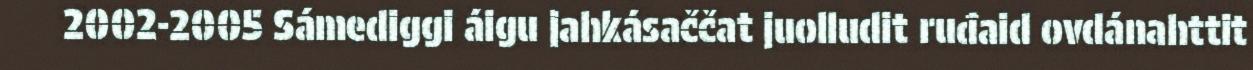
2002-2005 Sámediggi áigu jahkásaččat juolludit ruđaid ovdánahttit